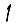
Digit: 1